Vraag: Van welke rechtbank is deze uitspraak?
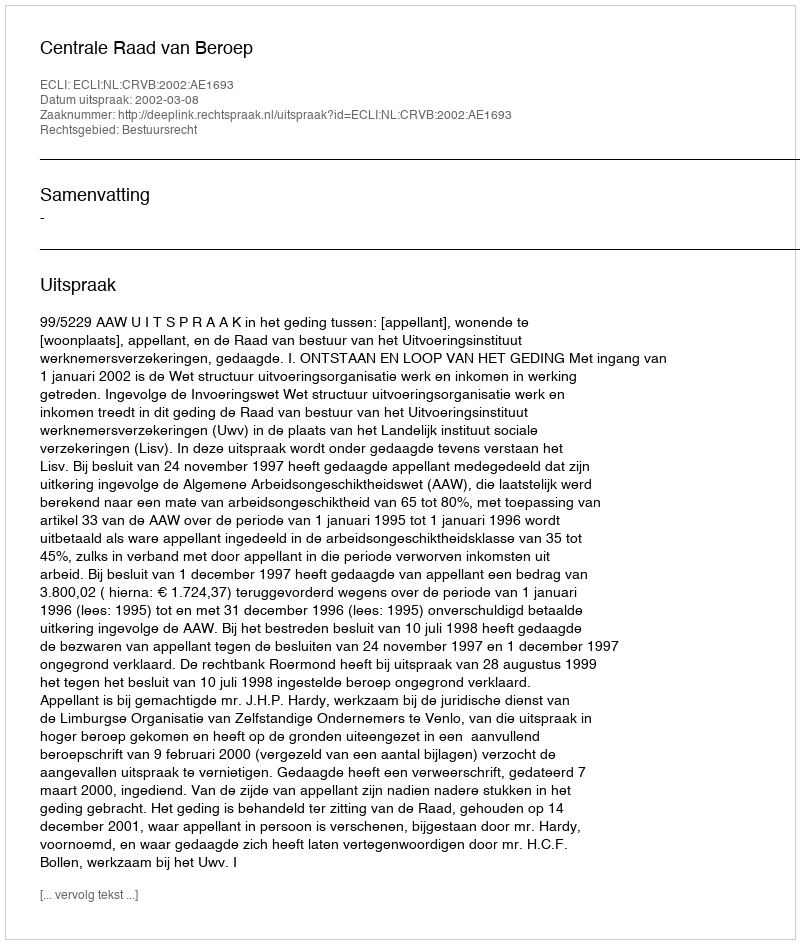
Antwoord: Centrale Raad van Beroep